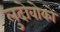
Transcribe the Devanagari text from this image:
लुदोवोको